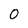
Character: 0